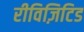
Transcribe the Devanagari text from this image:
रीविज़िटिड